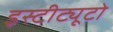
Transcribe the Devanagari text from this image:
इस्टीट्यूटो